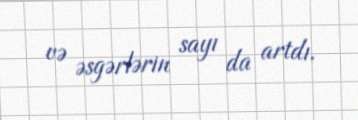
və əsgərlərin sayı da artdı.